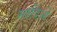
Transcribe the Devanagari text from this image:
स्तदिओ